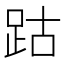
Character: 跍